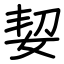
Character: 㛃